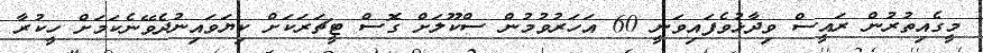
މީގެއިތުރުން ރައީސް ވިދާޅުވެފައިވަނީ 60 އަހަރުވުމުން ސްކޫލަށް ގޮސް ޓީޗަރަކަށް ކިޔަވައިނުދެވޭނެކަމަށް ހީކުރާ